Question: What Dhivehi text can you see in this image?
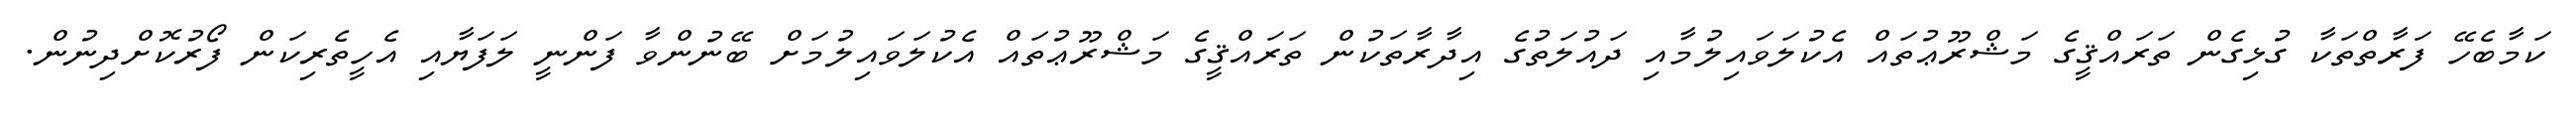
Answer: ކަމާބެހޭ ފަރާތްތަކާ ގުޅިގެން ތަރައްޤީގެ މަޝްރޫޢުތައް އެކުލަވައިލުމާއި ދައުލަތުގެ އިދާރާތަކުން ތަރައްޤީގެ މަޝްރޫޢުތައް އެކުލަވައިލުމަށް ބޭނުންވާ ފަންނީ ލަފަޔާއި އެހީތެރިކަން ފޯރުކޮށްދިނުން.